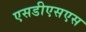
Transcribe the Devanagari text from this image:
एसडीएसएस